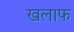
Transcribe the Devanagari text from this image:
खलाफ